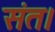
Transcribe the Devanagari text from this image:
संत।